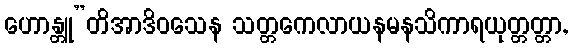
ဟောန္တူ”တိအာဒိဝသေန သတ္တကေလာယနမနသိကာရယုတ္တတ္တာ,